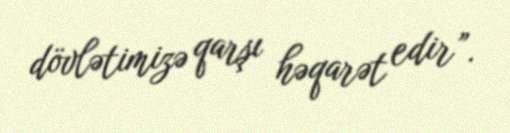
dövlətimizə qarşı həqarət edir”.